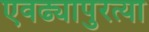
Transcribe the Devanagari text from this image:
एवढ्यापुरत्या